Indian journal of veterinary science and animal husbandry - Volume 13,
Year: 1943
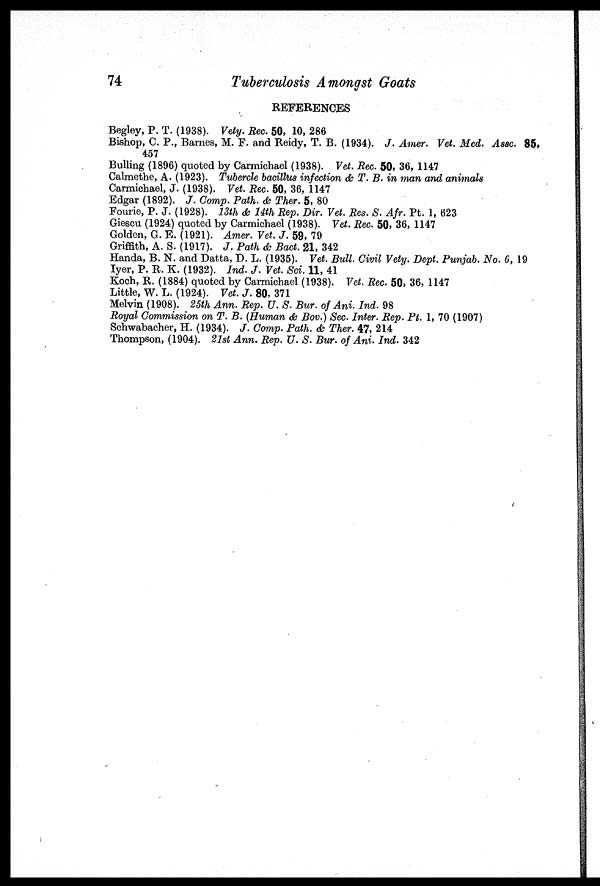
74
Tuberculosis Amongst Goats
REFERENCES
Begley, P. T. (1938). Vety. Rec. 50, 10, 286
Bishop, C. P., Barnes, M. F. and Reidy, T. B. (1934). J. Amer. Vet. Med. Assc. 85,
457
Bulling (1896) quoted by Carmichael (1938). Vet. Rec. 50, 36, 1147
Calmethe, A. (1923). Tubercle bacillus infection & T. B. in man and animals
Carmichael, J. (1938). Vet. Rec. 50, 36, 1147
Edgar (1892). J. Comp. Path. & Ther. 5, 80
Fourie, P. J. (1928). 13th & 14th Rep. Dir. Vet. Res. S. Afr. Pt. 1, 623
Giescu (1924) quoted by Carmichael (1938). Vet. Rec. 50, 36, 1147
Golden, G. E. (1921). Amer. Vet. J. 59, 79
Griffith, A. S. (1917). J. Path & Bact. 21, 342
Handa, B. N. and Datta, D. L. (1935). Vet. Bull. Civil Vety. Dept. Punjab. No. 6, 19
Iyer, P. R. K. (1932). Ind. J. Vet. Sci. 11, 41
Koch, R. (1884) quoted by Carmichael (1938). Vet. Rec. 50, 36, 1147
Little, W. L. (1924). Vet. J. 80, 371
Melvin (1908). 25th Ann. Rep. U. S. Bur. of Ani. Ind. 98
Royal Commission on T. B. (Human & Bov.) Sec. Inter. Rep. Pt. 1, 70 (1907)
Schwabacher, H. (1934). J. Comp. Path. & Ther. 47, 214
Thompson, (1904). 21st Ann. Rep. U. S. Bur. of Ani. Ind. 342